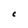
Character: e